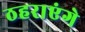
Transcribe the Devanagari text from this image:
ठहराएंगे